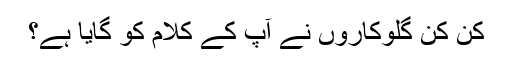
کن کن گلوکاروں نے آپ کے کلام کو گایا ہے؟